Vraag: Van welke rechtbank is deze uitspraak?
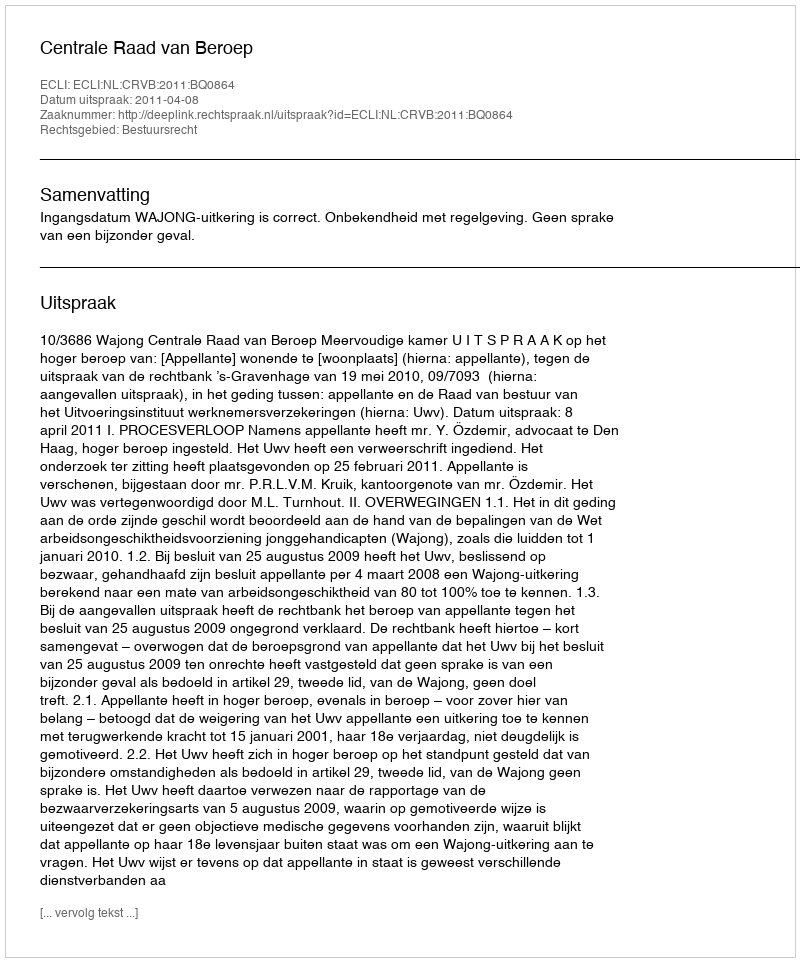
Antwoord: Centrale Raad van Beroep